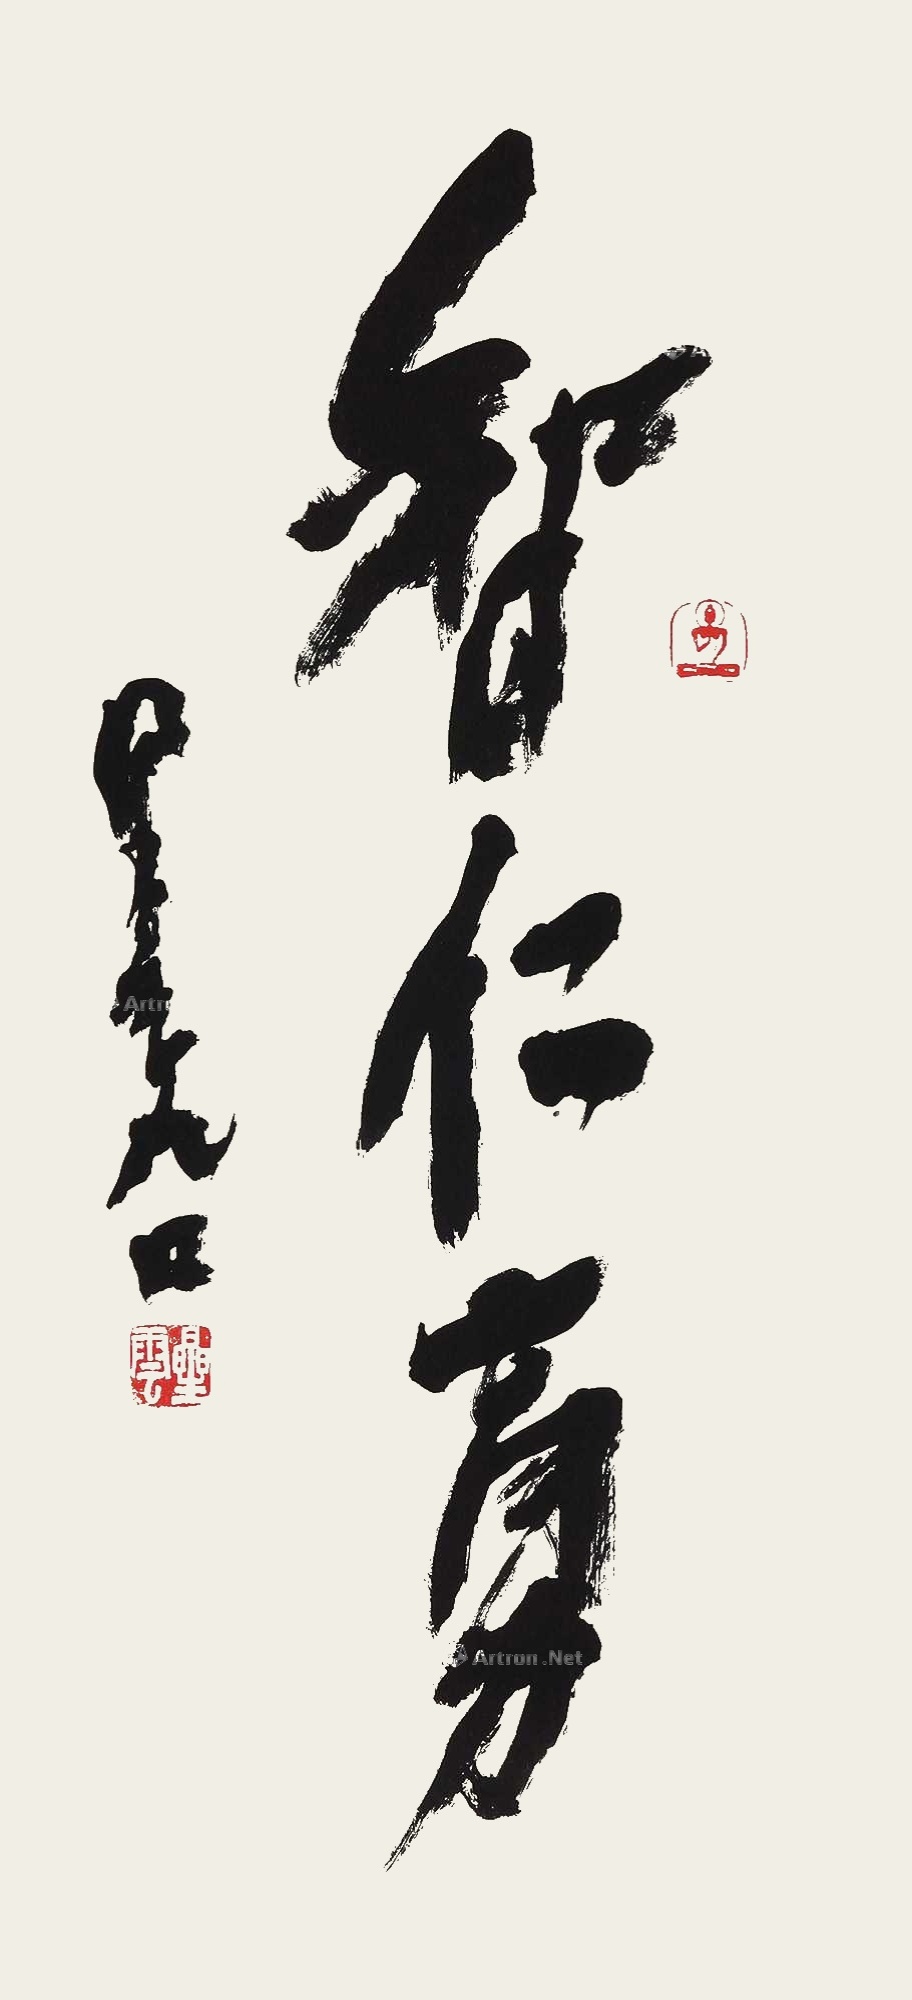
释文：智仁勇。星云九四。